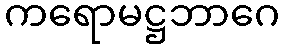
ကရောမဋ္ဌဘာဂေ